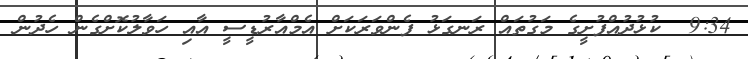
9:34  ކުޅުދުއްފުށީގެ މަގުތައް ރަނގަޅު ފެންވަރަކަށް އެމްއާރުޑީސީ އާއި ހަވާލުކޮށްގެން ހެދުން